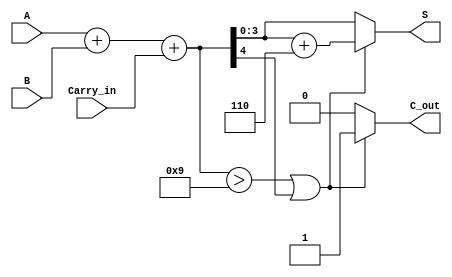
module BCD_Fast_Adder (
    input [3:0] A,           // First BCD digit
    input [3:0] B,           // Second BCD digit
    input Carry_in,          // Carry input from previous addition
    output reg [3:0] S,      // BCD sum output
    output reg C_out         // Carry output
);

    wire [4:0] Sum;          // 5-bit sum to accommodate carry
    wire correction_needed;   // Flag to indicate if correction is needed

    // Step 1: Perform binary addition
    assign Sum = A + B + Carry_in;

    // Step 2: Check if correction is needed
    assign correction_needed = (Sum > 9) || (Sum[4] == 1);

    // Step 3: Generate corrected sum
    always @(*) begin
        if (correction_needed) begin
            // Add 6 (0110) for correction
            S = Sum + 5'b00110;
            C_out = 1; // Set carry out since sum exceeds BCD range
        end else begin
            S = Sum[3:0]; // Take the lower 4 bits as the BCD sum
            C_out = 0;    // No carry out
        end
    end

endmodule